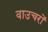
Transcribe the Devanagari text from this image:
वाउचरों